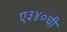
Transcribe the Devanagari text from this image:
ए३४०ची